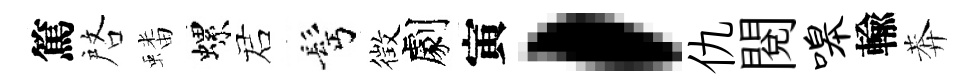
篤啓蟠螺诺髩徴劇寅，仇閱嗥輸莾